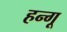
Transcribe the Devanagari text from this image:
हन्गू